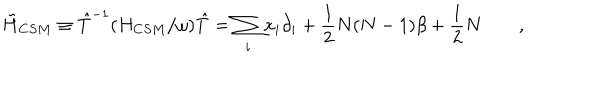
\tilde { H } _ { C S M } \equiv { \hat { T } ^ { - 1 } } ( H _ { C S M } / \omega ) \hat { T } = \sum _ { i } x _ { i } \partial _ { i } + \frac { 1 } { 2 } N ( N - 1 ) \beta + \frac { 1 } { 2 } N \qquad ,